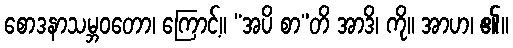
စောဒနာသမ္ဘဝတော၊ ကြောင့်။ “အပိ စာ”တိ အာဒိ၊ ကို။ အာဟ၊ ၏။